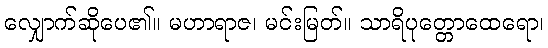
လျှောက်ဆိုပေ၏။ မဟာရာဇ၊ မင်းမြတ်။ သာရိပုတ္တောထေရော၊